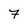
Character: 7